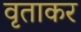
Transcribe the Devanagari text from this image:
वृताकर